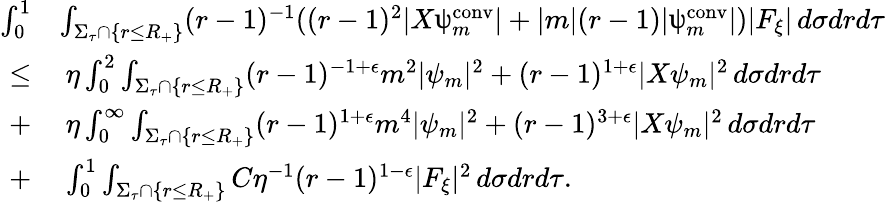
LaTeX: \begin{array}{rl}{\int_{0}^{1}}&{\int_{\Sigma_{\tau}\cap\{ r\leq R_{+}\} }(r-1)^{-1}((r-1)^{2}|X\uppsi_{m}^{\mathrm{conv}}|+|m|(r-1)|\uppsi_{m}^{\mathrm{conv}}|)|F_{\xi}|\, d\sigma drd\tau}\\ {\leq}&{\: \eta\int_{0}^{2}\int_{\Sigma_{\tau}\cap\{ r\leq R_{+}\} }(r-1)^{-1+\epsilon}m^{2}|\psi_{m}|^{2}+(r-1)^{1+\epsilon}|X\psi_{m}|^{2}\, d\sigma drd\tau}\\ {+}&{\: \eta\int_{0}^{\infty}\int_{\Sigma_{\tau}\cap\{ r\leq R_{+}\} }(r-1)^{1+\epsilon}m^{4}|\psi_{m}|^{2}+(r-1)^{3+\epsilon}|X\psi_{m}|^{2}\, d\sigma drd\tau}\\ {+}&{\: \int_{0}^{1}\int_{\Sigma_{\tau}\cap\{ r\leq R_{+}\} }C\eta^{-1}(r-1)^{1-\epsilon}|F_{\xi}|^{2}\, d\sigma drd\tau.}\end{array}